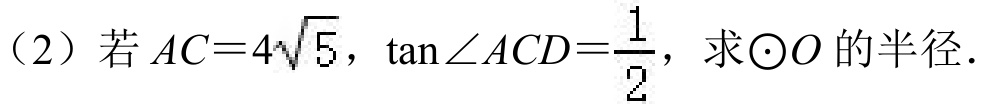
（2）若 \(AC = 4\sqrt{5}\)，\(\tan\angle ACD=\frac{1}{2}\)，求\(\odot O\) 的半径．